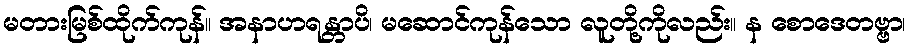
မတားမြစ်ထိုက်ကုန်။ အနာဟရန္တာပိ၊ မဆောင်ကုန်သော လူတို့ကိုလည်း။ န စောဒေတဗ္ဗာ၊